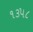
૧૩૫૮